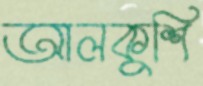
আলকুশি